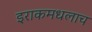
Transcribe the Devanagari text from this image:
इराकमधलाच